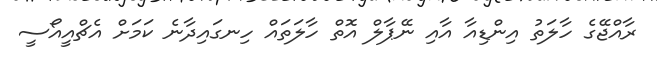
ރާއްޖޭގެ ހާލަތު އިންޑިއާ އާއި ނޭޕާލް އޮތް ހާލަތައް ހިނގައިދާނެ ކަމަށް އެޗްއީއޯސީ